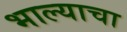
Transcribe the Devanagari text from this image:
भाल्याचा